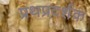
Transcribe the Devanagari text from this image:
प्रथप्रदर्शक